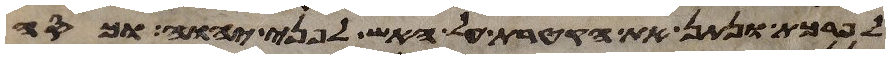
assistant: לפרכת ונתן את הקטרת על האש לפני יהוה וכסה